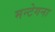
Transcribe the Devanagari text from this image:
मन्टेगना